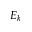
E _ { k }